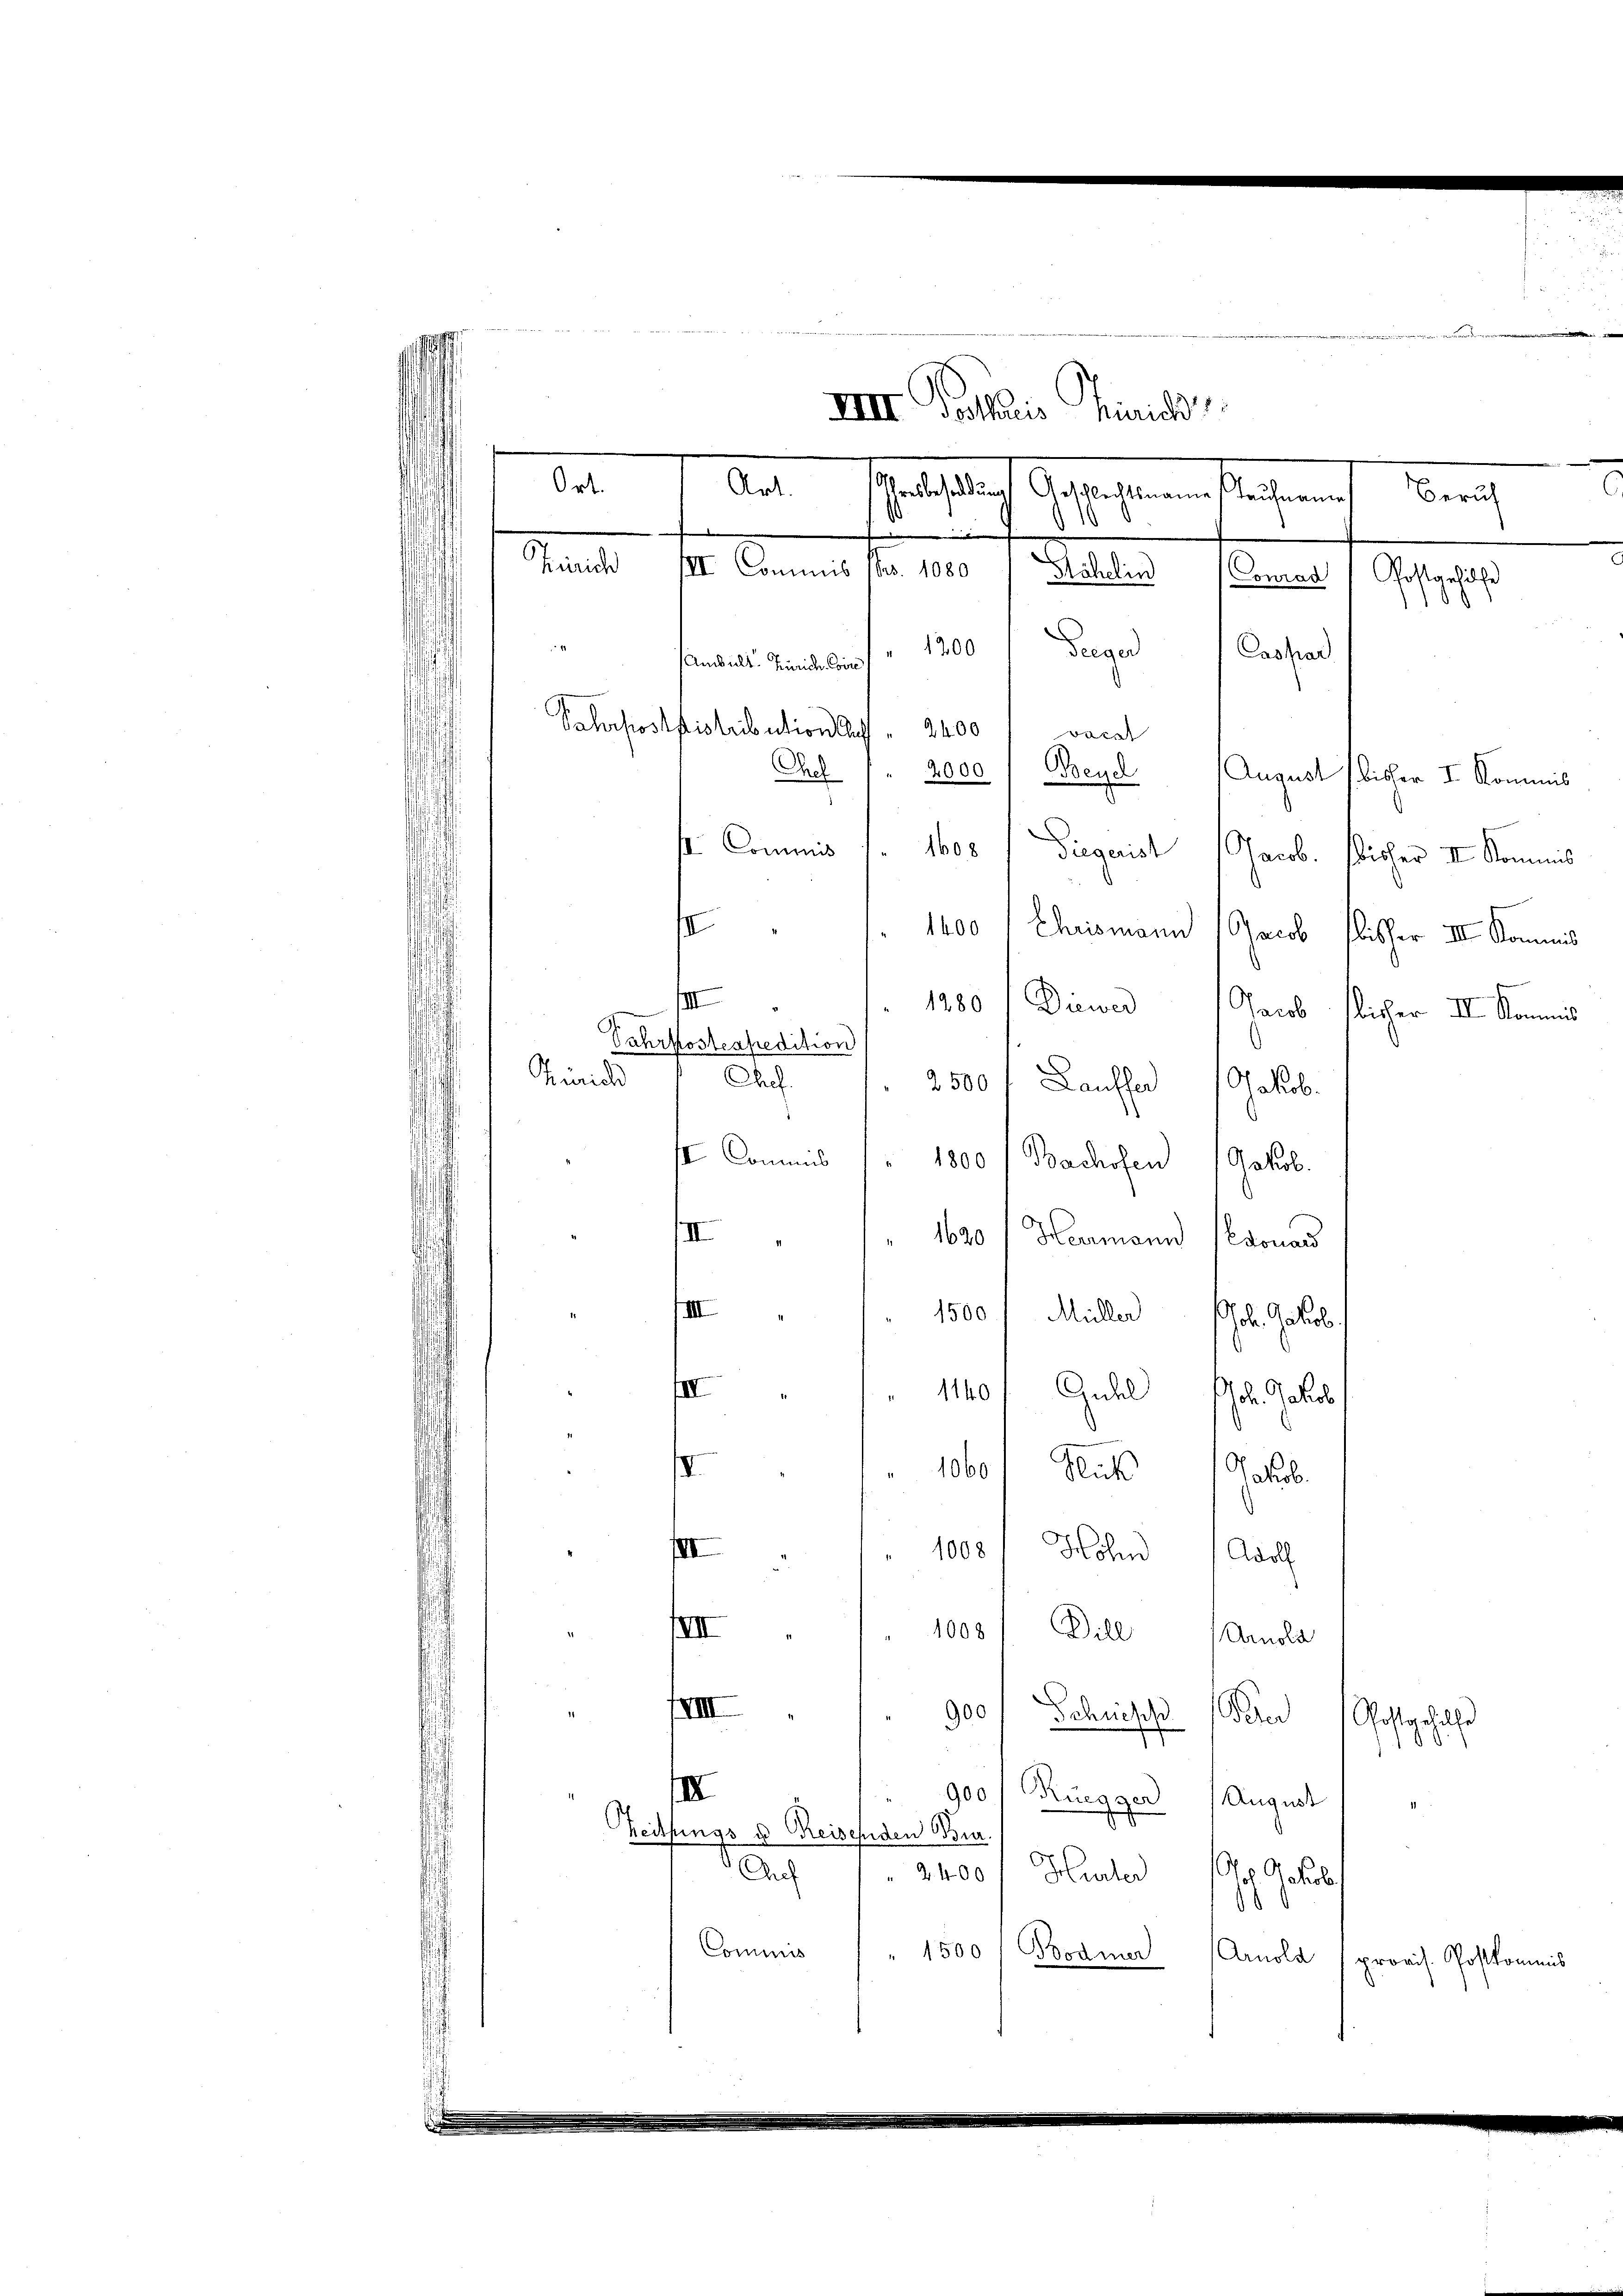
e
.
VIII Vorthlis Zürich
astlich Gesuchenen stehen
Beruh
.
Zürich
III. Commis 180. 1080 1 Stähelin (Conrad / Postgehilfe
1
1200
Degen Caspar
Amsals Minische Corn
Pahrpostdistribution Auff
2400 1 vocat
Chel
2000 f Theyel August bisher I. Kommis
st. Commis 1. 1608 / Diegaist (Jacob. bisher II. Kommis
 1. 1400 / Chrismann Jacob Fischer III Kommis
s
1280) Diener Jacob tlicher III. Kommis
t
Jahrkostenpredition
Zürich
Chef.
2500. Lauffer Jakob.
se Commiß
1800 (Bachofen Jakob.
III
 1620 / Heumoni donard
a
1500 f Müller Joh. Jakob
 " " 11401 Guhl Joh. Jakob
.
1060 f Ruk Jakob
1008 / Hohn Adol
III
IVII
1008 Dill Arnold
XIII
900f Schrieses Peter
Gostgehal
.
II
900 / Rüegger August
Zeitungs u. Reisenden Bur
Auf
2400 Hurter Joh. Jakob
Commis
" 1500 ( Bodmer Arnold
provis. Postkommis

Ort.
Art.

i

n